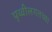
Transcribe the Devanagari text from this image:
पृथ्वीलगतच्या